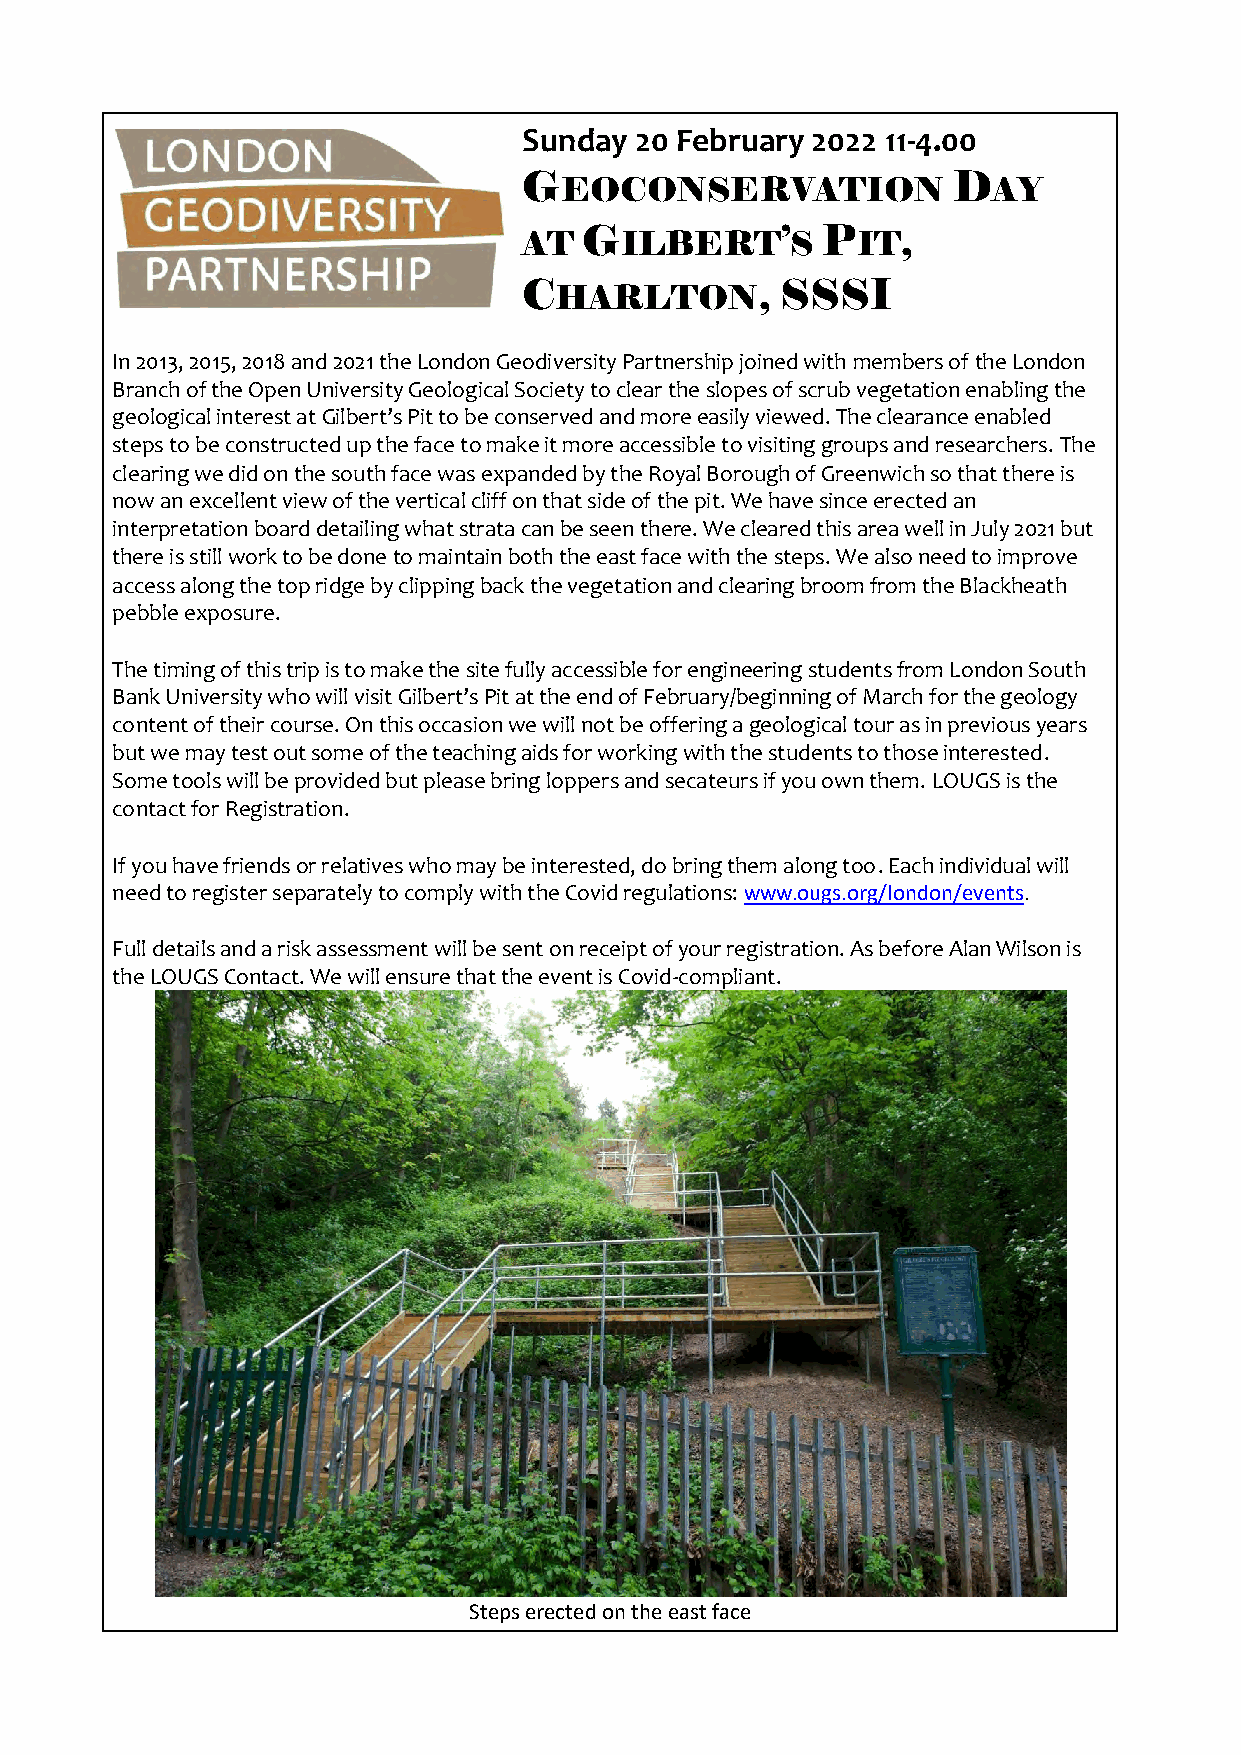
Sunday 20 February 2022 11-4.00
 GEOCONSERVATION             DAY
 AT  GILBERT’S      PIT,
 CHARLTON,        SSSI
 In 2013, 2015, 2018 and 2021 the London Geodiversity Partnership joined with members of the London
 Branch of the Open University Geological Society to clear the slopes of scrub vegetation enabling the
 geological interest at Gilbert’s Pit to be conserved and more easily viewed. The clearance enabled
 steps to be constructed up the face to make it more accessible to visiting groups and researchers. The
 clearing we did on the south face was expanded by the Royal Borough of Greenwich so that there is
 now an excellent view of the vertical cliff on that side of the pit. We have since erected an
 interpretation board detailing what strata can be seen there. We cleared this area well in July 2021 but
 there is still work to be done to maintain both the east face with the steps. We also need to improve
 access along the top ridge by clipping back the vegetation and clearing broom from the Blackheath
 pebble exposure.
 The timing of this trip is to make the site fully accessible for engineering students from London South
 Bank University who will visit Gilbert’s Pit at the end of February/beginning of March for the geology
 content of their course. On this occasion we will not be offering a geological tour as in previous years
 but we may test out some of the teaching aids for working with the students to those interested.
 Some tools will be provided but please bring loppers and secateurs if you own them. LOUGS is the
 contact for Registration.
 If you have friends or relatives who may be interested, do bring them along too. Each individual will
 need to register separately to comply with the Covid regulations: www.ougs.org/london/events.
 Full details and a risk assessment will be sent on receipt of your registration. As before Alan Wilson is
 the LOUGS Contact. We will ensure that the event is Covid-compliant.
 Steps erected on the east face